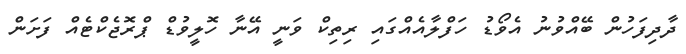
ދާދިފަހުން ބޭއްވުނު އެވޯޑު ހަފްލާއެއްގައި ރިތިކް ވަނީ އޭނާ ހޮލީވުޑް ޕްރޮޖެކްޓެއް ފަށަން